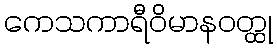
ကေသကာရီဝိမာနဝတ္ထု